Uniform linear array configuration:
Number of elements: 12
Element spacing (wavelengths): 0.75
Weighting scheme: exponential
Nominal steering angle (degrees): -45
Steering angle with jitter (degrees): -44.195
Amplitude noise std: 0.05
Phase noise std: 0.05

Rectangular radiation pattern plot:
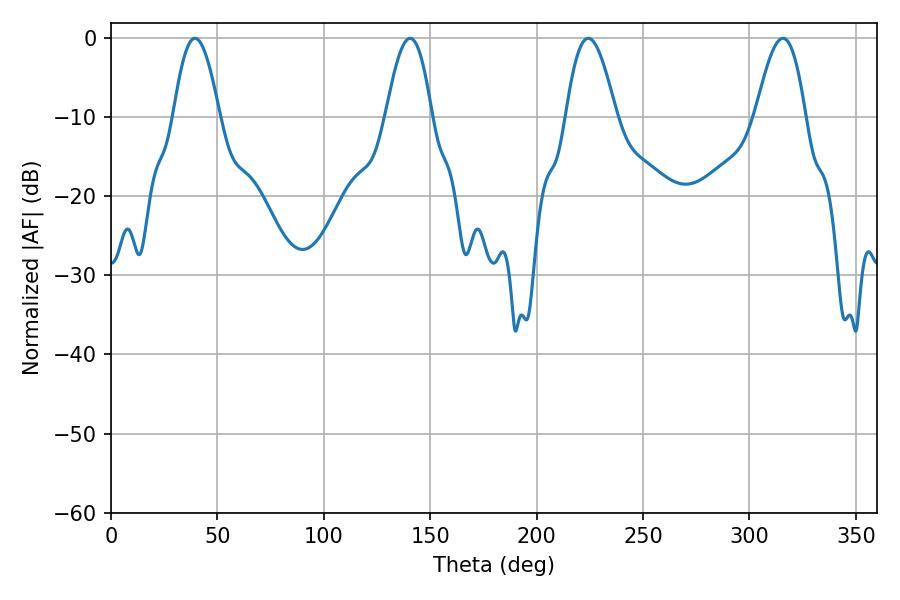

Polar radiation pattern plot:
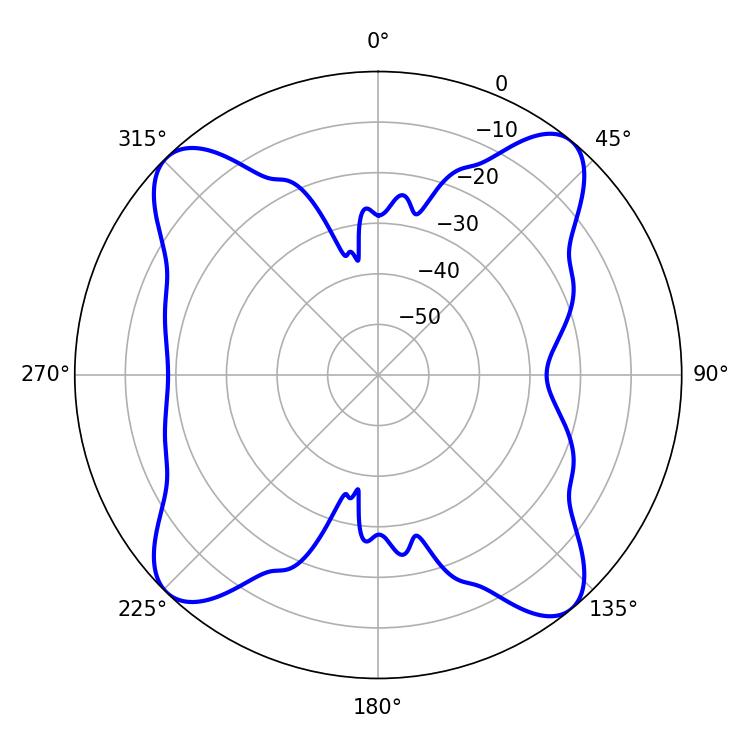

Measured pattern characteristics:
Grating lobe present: TRUE
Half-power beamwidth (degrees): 12.6
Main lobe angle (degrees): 224.28